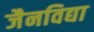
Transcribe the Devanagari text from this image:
जैनविद्या